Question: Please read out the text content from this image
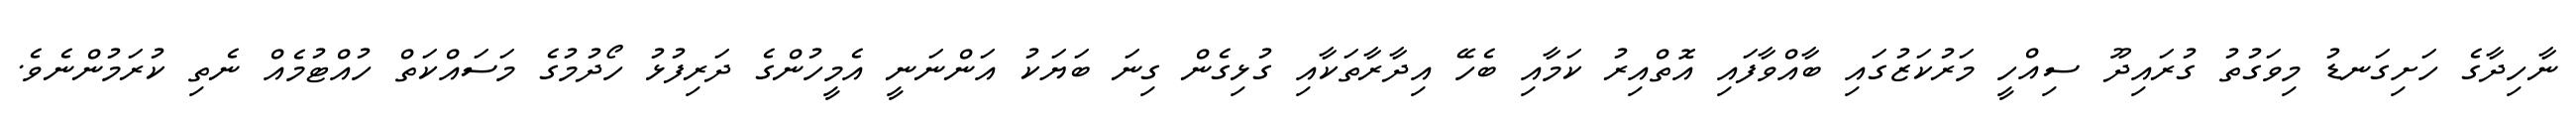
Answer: ނާހިދާގެ ހަށިގަނޑު މިވަގުތު ގުރައިދޫ ސިއްހީ މަރުކަޒުގައި ބާއްވާފައި އޮތްއިރު ކަމާއި ބެހޭ އިދާރާތަކާއި ގުޅިގެން ގިނަ ބަޔަކު އަންނަނީ އެމީހުންގެ ދަރިފުޅު ހޯދުމުގެ މަސައްކަތް ހުއްޓުމެއް ނެތި ކުރަމުންނެވެ.